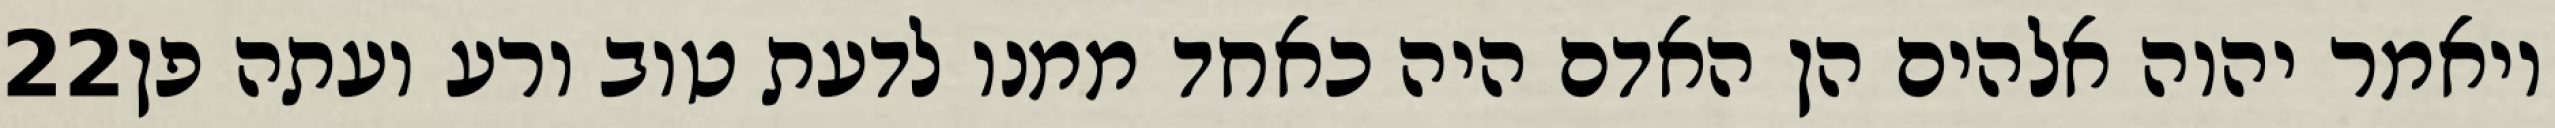
‎22‏ ויאמר יהוה אלהים הן האדם היה כאחד ממנו לדעת טוב ורע ועתה פן